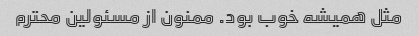
مثل همیشه خوب بود. ممنون از مسئولین محترم